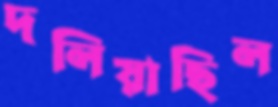
দলিয়াছিল